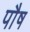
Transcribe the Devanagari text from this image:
पाैष